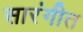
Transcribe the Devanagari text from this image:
सारंगीत